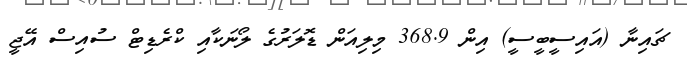
ޗައިނާ (އައިސީބީސީ) އިން 368.9 މިލިއަން ޑޮލަރުގެ ލޯނަކާއި ކްރެޑިޓް ސުއިސްް އޭޖީ